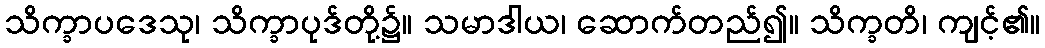
သိက္ခာပဒေသု၊ သိက္ခာပုဒ်တို့၌။ သမာဒါယ၊ ဆောက်တည်၍။ သိက္ခတိ၊ ကျင့်၏။